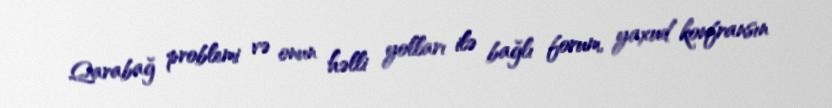
Qarabağ problemi və onun həlli yolları ilə bağlı forum, yaxud konfransın